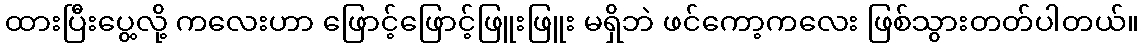
ထားပြီးပွေ့လို့ ကလေးဟာ ဖြောင့်ဖြောင့်ဖြူးဖြူး မရှိဘဲ ဖင်ကော့ကလေး ဖြစ်သွားတတ်ပါတယ်။